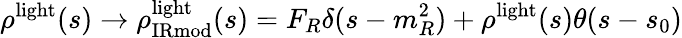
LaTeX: \rho^{\mathrm{light}}(s)\to\rho_{\mathrm{IRmod}}^{\mathrm{light}}(s)=F_{R}\delta(s-m_{R}^{2})+\rho^{\mathrm{light}}(s)\theta(s-s_{0})